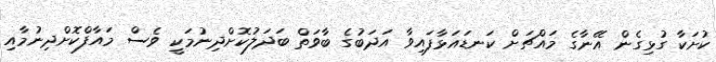
ކުށަކާ ގުޅިގެން އޭނާގެ މައްޗަށް ކަނޑައަޅާފައިވާ އަދަބުގެ ބާވަތް ބަދަލުކޮށްދިނުމަކީ ވެސް މައާފްކޮށްދިނުމާއި